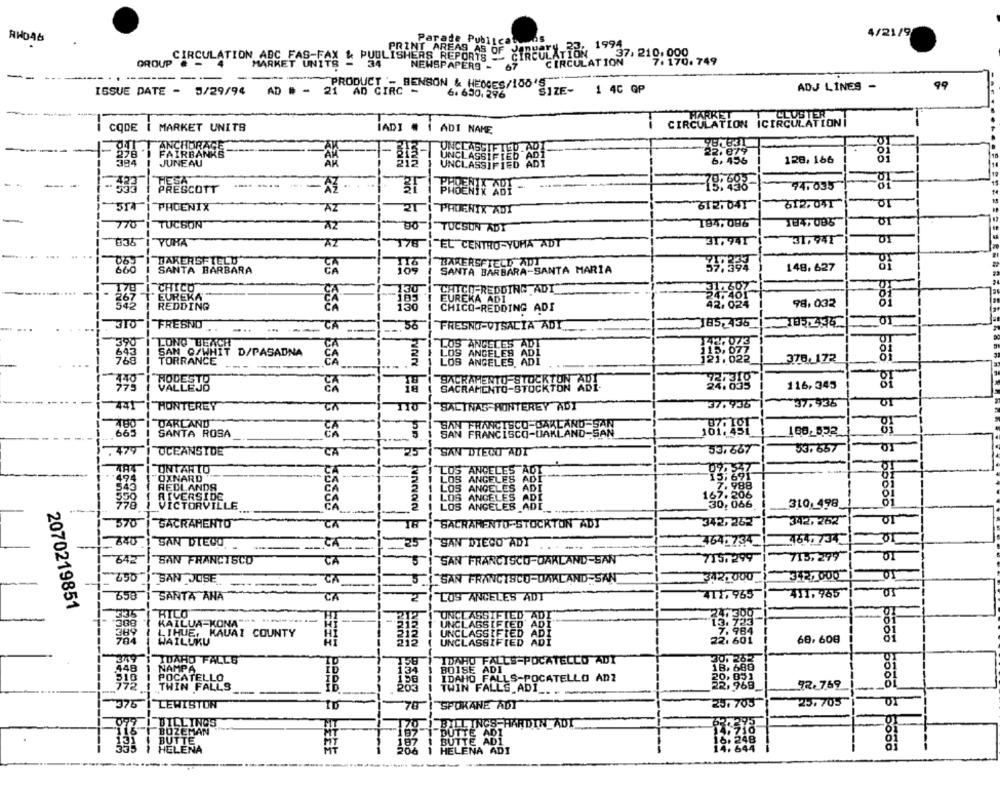
Parade Publications
4/21/9
Ipuary_23, 1994
PRINT AREAS AS OF
CIRCULATION
CIRCULATION ABC_FAS-F
CIRCULATION ABC FAS-FAX & PUBLISHERS_REPORTS -
MARKET UNITS -
34
CIRCULATION
37, 210:090, 749
NEWSPAPERS -
67
------
PRODUCT - BENSON & HEDGES/100'5
ADJ LINES -
99
ISSUE DATE - 3/29/94
AD # - 21 AD CIRC -
6. 630. 296
SIZE-
1 4C GP
HARKET
CODE
MARKET UNITS
IADI
CIRCULATION ICIRCULATION
ADI NAME
ANCHORAGE
--
FAIRBANKS
JUNEAU
UNČIL.
128, 166
PRESCOTT
74.035
PHOENIR ADI
514
21
312.041
612. 041"
PHOENIX
AZ
00
PHOENIX ADT
770
TUCSON
AZ
TUCSON ADT
184.086
184,085
YURA
AZ
178
EL CENTRO-YUHA ADT
31, 941
31,941
053
BAKERSFIELD"
BAKERSFIELD ADT
666
SANTA BARBARA
SANTA BARBARA-SANTA MARIA
148.627
CA
70
CHICO
30
CHICO-REDDING ADI"
26 7
EUREKA
KA ADI
REDDING
CHICO-REDDING ADI
98.032
566 66 6 5 6 66 666
FRESNO
56
185-436
01
-..
CA
FRESNO-VISALIA ADY.
390
LONG BEACH
SAN Q/WHIT D/PASADNA
D/PASADNA
LOS ANGELES
TORRANCE
LOS ANGELES ABL
378,172
140
HODESTO
VALLEJO
SACRAMENTO STOCKTON ABI-
116,343
37.936
441
HONTEREY
"SALINAS MONTEREY ADT
37.936
or
480
DARLAND
665
SANTA ROSA
SAN FRANCISCO-OAKLAND-5
160-532
.479
OCEANSIDE
CA
SAN DIEGO ADI
33,667
33. 657
LOS ANGELES A
ONTARIO
---
--
"OXNARD
LOS ANGELES ADI
REDLANDS
LOS ANGELES ADI
LOS ANGELES ADI
163. 20
ALLE
LOS ANGELES ADI
310, 498
570
342, 262
01
SACRAMENTO
CA
SACRAMENTO-STOCKTON ADT
342,262
740
SAN DIEGO
CA
75
SAN DIEGO ADY
...
464.734
464.734
642
SAN FRANCISCO
CA
SAN FRANCISCO-OAKLAND-SAN
715.299
713,299
CA
342, 000
SAN JOSE
SAN FRANCISCO-UAKLAND-SAN
3121000
SANTA ANA
CA
LOS ANGELES ADT
411,965
411.965
2070219851
3315
HILO
UNCLASSIFIED ADI
-8
KAILUA-KONA" ****
UNCLASS[F [ED' ADI"
LIHUE, KAUAI COUNTY
UNCLASSIFIED ADI
WAILUKU
UNCLASSIFIED ADI
22, 601
60, 608
IDAHO FALLS-POCATELLO ADI
134
BOISE ADI
150
IDAHO FALLS-POCATELLO ADZ
203
TWIN FALLS ADI
SPOKANE ADT
25. 705
25.705
170
_BILLINGS HARDIN ADT
DUTTE ADI
197
BUTTE ADI
BEEEE
1 HELENA ADI
-